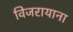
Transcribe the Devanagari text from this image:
विजरायाना